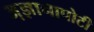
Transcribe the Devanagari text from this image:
अ़ज्ञानापोटी